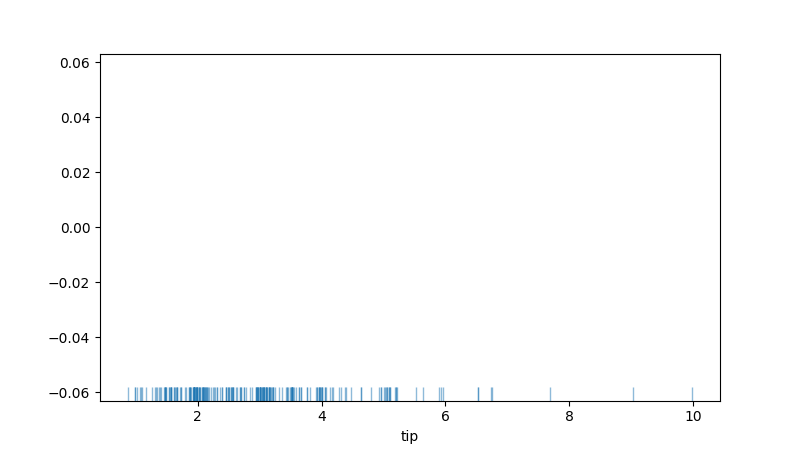
python, seaborn, rugplot, height=0.04, axis='x', alpha=0.5